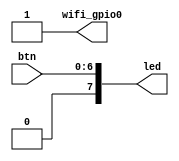
module top (
    output [7:0] led,
    input [6:0] btn,
    output wifi_gpio0
);
    assign led = { 1'b0, btn };

    assign wifi_gpio0 = 1'b1;
endmodule